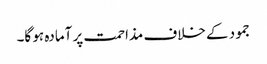
جمود کے خلاف مذاحمت پر آمادہ ہو گا۔